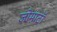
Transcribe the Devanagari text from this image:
जोमाटॉ